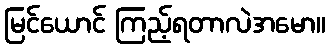
မြင်ယောင် ကြည့်ရတာလဲအမော။